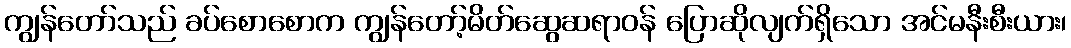
ကျွန်တော်သည် ခပ်စောစောက ကျွန်တော့်မိတ်ဆွေဆရာဝန် ပြောဆိုလျက်ရှိသော အင်မနီးစီးယား၊